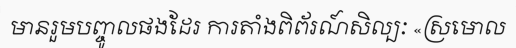
មានរួមបញ្ចូលផងដែរ ការតាំងពិព័រណ៍សិល្បៈ «ស្រមោល